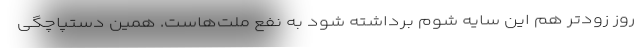
روز زودتر هم این سایه شوم برداشته شود به نفع ملت‌هاست. همین دستپاچگی